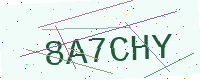
Text: 8A7CHY